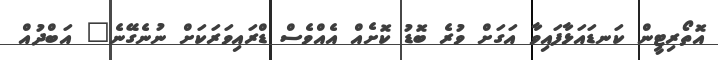
އޮތޯރިޓީން ކަނޑައަޅާފައިވާ އަގަށް ވުރެ ބޮޑު ކޮށެއް އެއްވެސް ޑްރައިވަރަކަށް ނުނެގޭނެ" އަބްދުއް